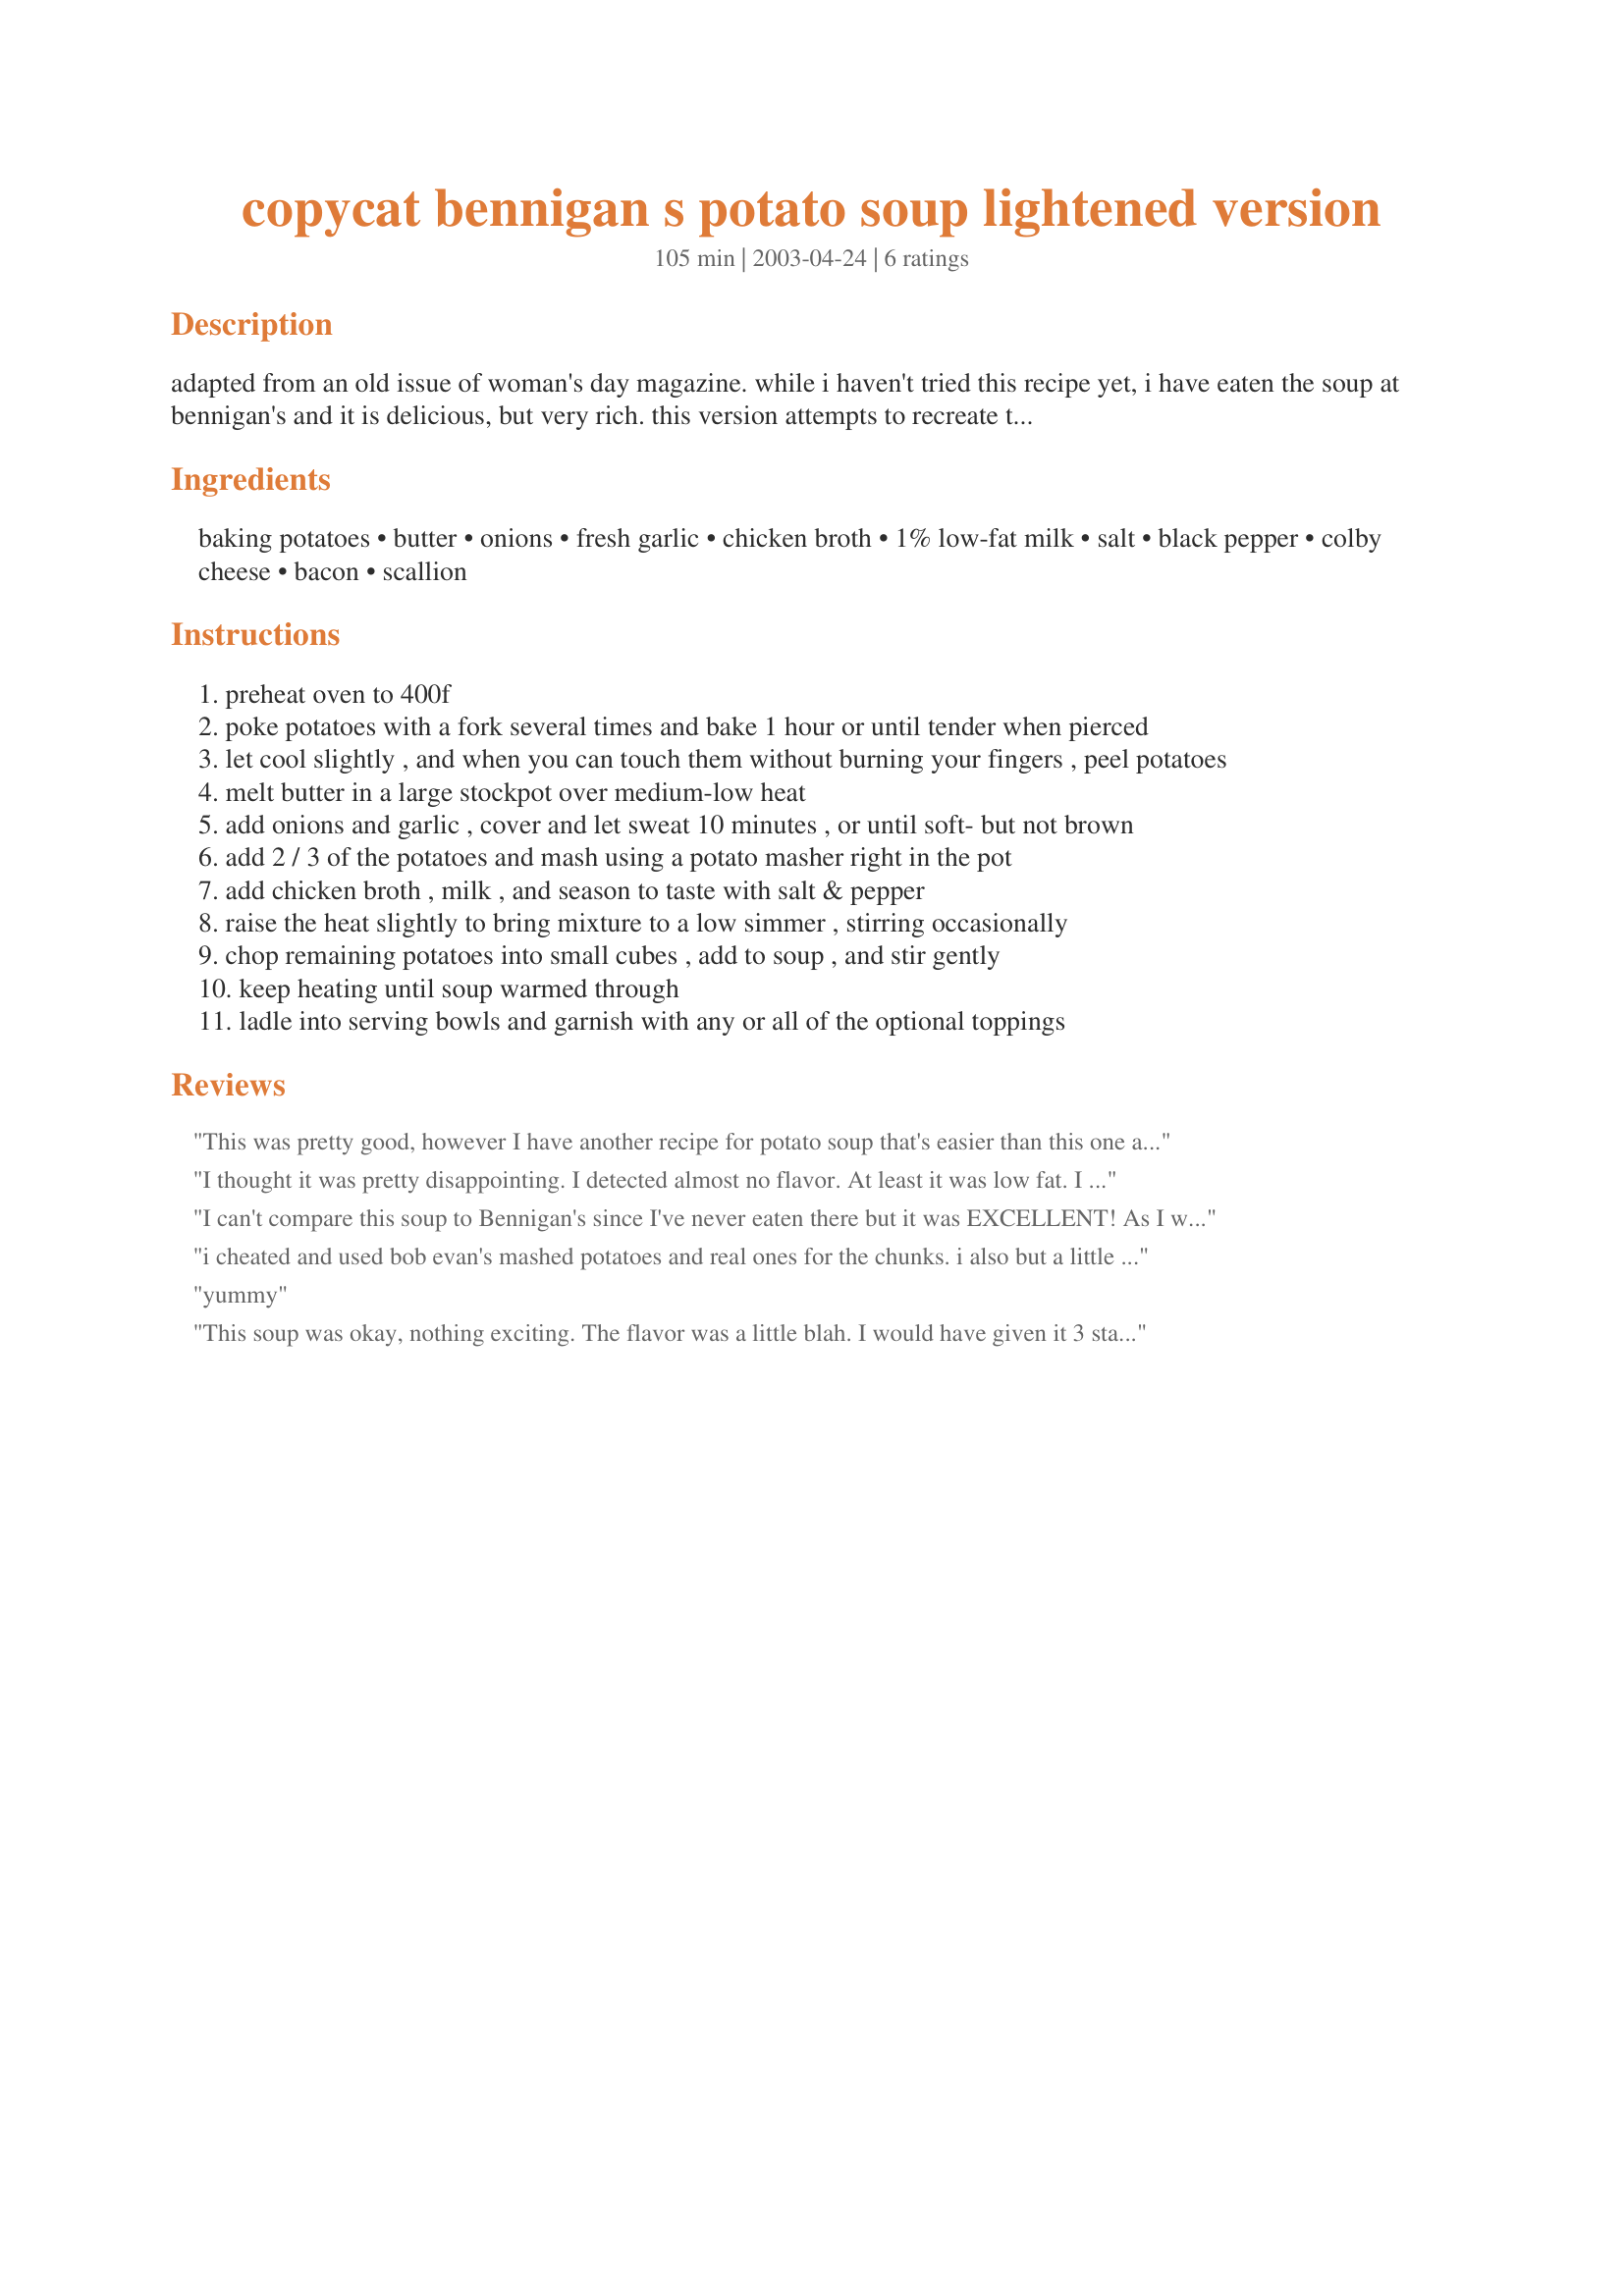
copycat bennigan s potato soup lightened version
Preparation time: 105 minutes

adapted from an old issue of woman's day magazine. while i haven't tried this recipe yet, i have eaten the soup at bennigan's and it is delicious, but very rich. this version attempts to recreate the same flavors, but with some lightened ingredients. the real version surely tastes like it contains cream in it - this replaces cream with milk and there is far less butter. ok, so this still might not be a diet dish, but is healthier than the full fat version. i might even try using evaporated milk in this. this makes 8 small servings or 4-6 larger ones.

Ingredients:
baking potatoes, butter, onions, fresh garlic, chicken broth, 1% low-fat milk, salt, black pepper, colby cheese, bacon, scallion

Steps:
preheat oven to 400f
poke potatoes with a fork several times and bake 1 hour or until tender when pierced
let cool slightly , and when you can touch them without burning your fingers , peel potatoes
melt butter in a large stockpot over medium-low heat
add onions and garlic , cover and let sweat 10 minutes , or until soft- but not brown
add 2 / 3 of the potatoes and mash using a potato masher right in the pot
add chicken broth , milk , and season to taste with salt & pepper
raise the heat slightly to bring mixture to a low simmer , stirring occasionally
chop remaining potatoes into small cubes , add to soup , and stir gently
keep heating until soup warmed through
ladle into serving bowls and garnish with any or all of the optional toppings

Reviews:
This was pretty good, however I have another recipe for potato soup that's easier than this one and is still lowfat and tastes pretty much the same as this. In fact, my husband thought it was the same recipe! Anyways, I think I'll stick with that one. Thanks though!
I thought it was pretty disappointing. I detected almost no flavor. At least it was low fat. I saw absolutely NO resemblance to Bennigan's ultimate baked potato soup.
I can't compare this soup to Bennigan's since I've never eaten there but it was EXCELLENT! As I was cooking for 2 people, I scaled the recipe with no problems. It was rich enough made with 1% milk & didn't need any of the optional garnishes. Thanx Heather!
i cheated and used bob evan's mashed potatoes and real ones for the chunks. i also but a little bit of bacon pieces and cheese while simmering to add to the flavor. and i did use lite pet milk. i would like to try the real stuff next time just to compare, but everyone seems to like it - it is very thick and filling....jill s.
yummy
This soup was okay, nothing exciting. The flavor was a little blah. I would have given it 3 stars but it gets leeway for being low fat.
